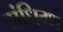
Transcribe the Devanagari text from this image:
संधिग्ध